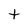
Character: t